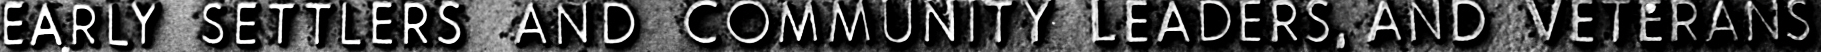
EARLY SETTLERS AND COMMUNITY LEADERS, AND VEIERANS